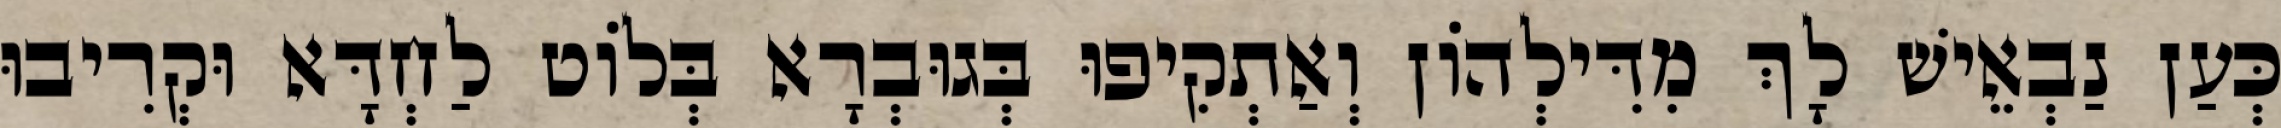
כְּעַן נַבְאֵישׁ לָךְ מִדִּילְהוֹן וְאַתְקִיפוּ בְּגוּבְרָא בְּלוֹט לַחְדָּא וּקְרִיבוּ